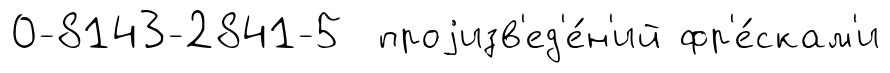
0-8143-2841-5 проjизв'ед'е́н'ий фр'е́скам'и